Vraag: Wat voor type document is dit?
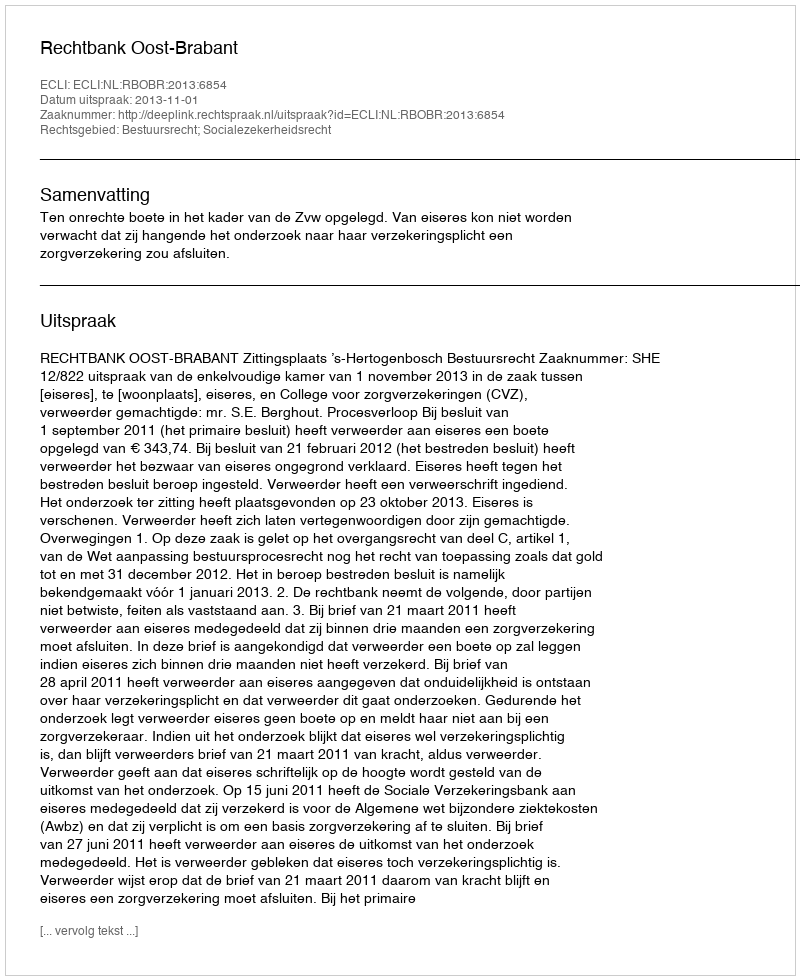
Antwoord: Uitspraak